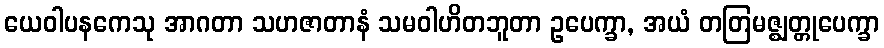
ယေဝါပနကေသု အာဂတာ သဟဇာတာနံ သမဝါဟိတဘူတာ ဥပေက္ခာ, အယံ တတြမဇ္ဈတ္တုပေက္ခာ